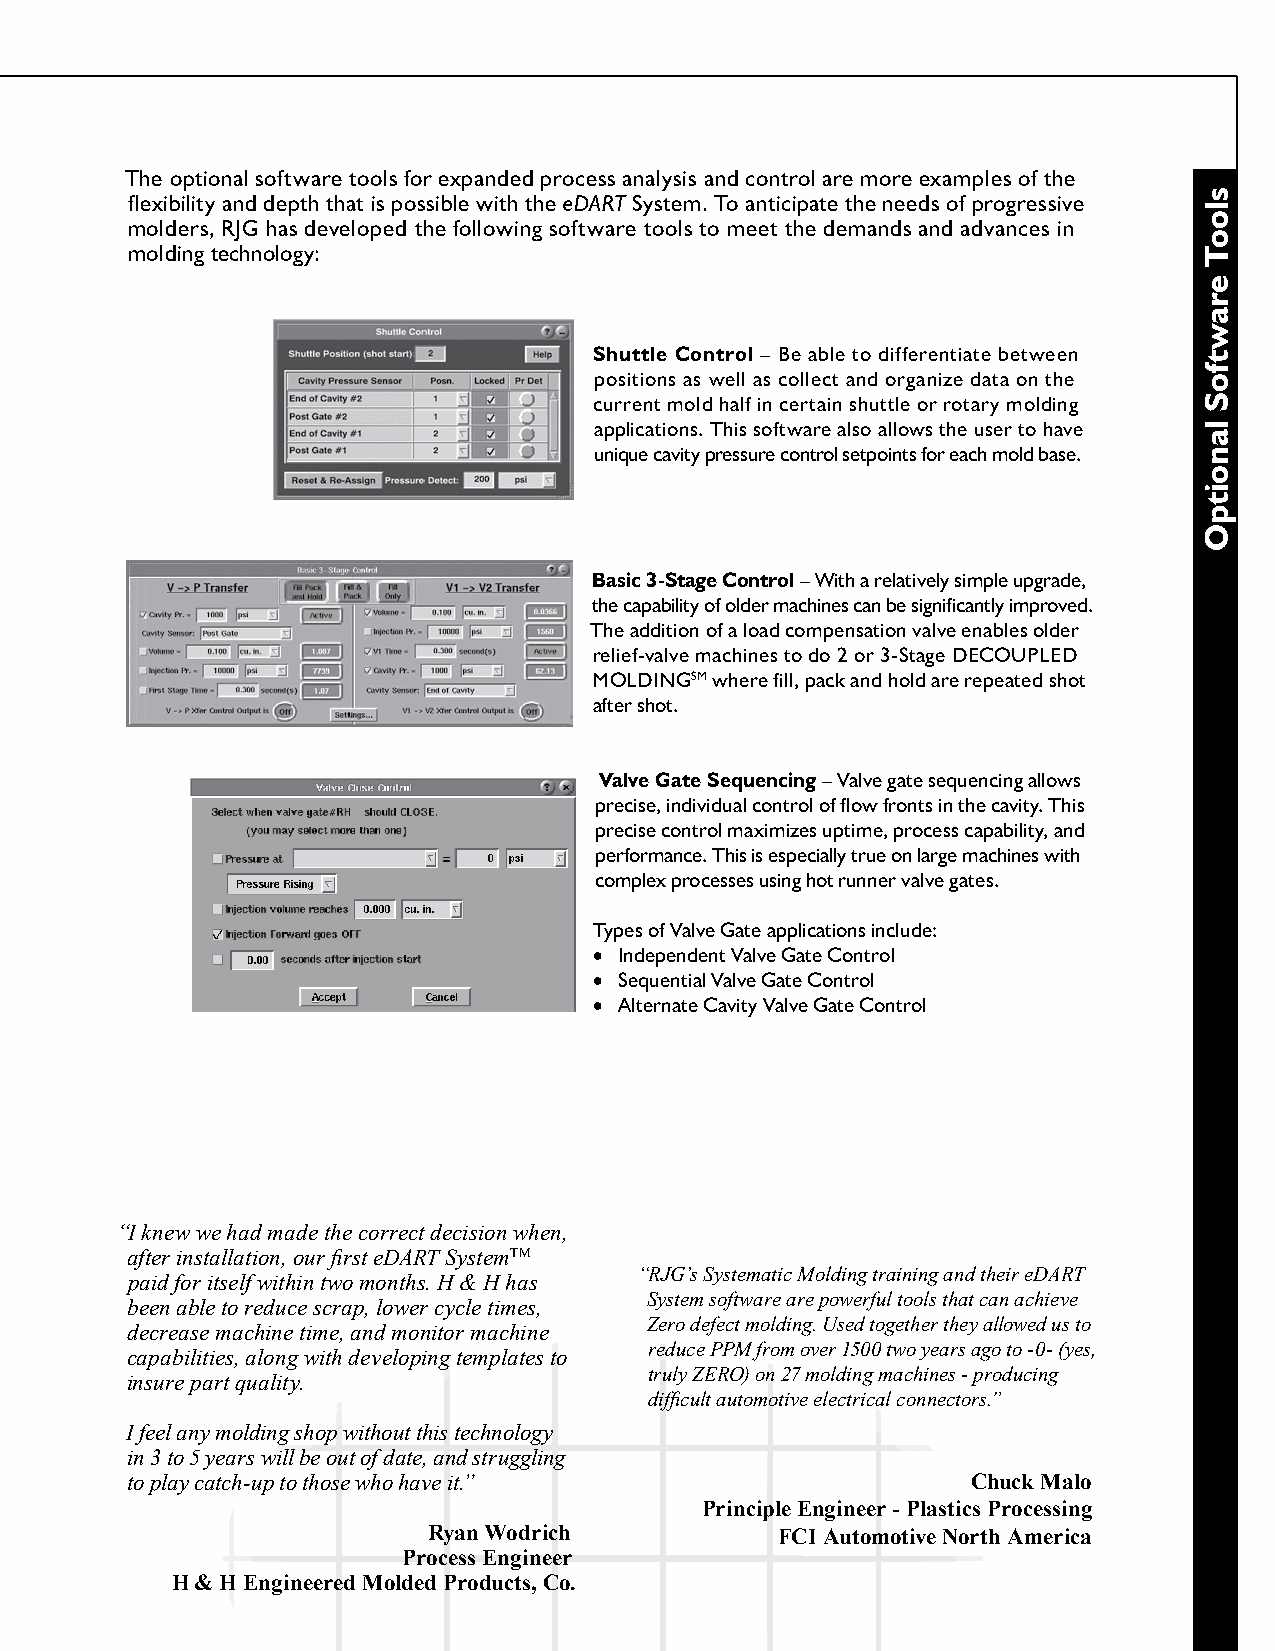
The optional software tools for expanded process analysis and control are more examples of the
 flexibility and depth that is possible with the eDART System. To anticipate the needs of progressive
 molders, RJG has developed the following software tools to meet the demands and advances in
 molding technology:
 Shuttle Control – Be able to differentiate between
 positions as well as collect and organize data on the
 current mold half in certain shuttle or rotary molding
 applications. This software also allows the user to have
 unique cavity pressure control setpoints for each mold base.
 Basic 3-Stage Control – With a relatively simple upgrade,
 the capability of older machines can be significantly improved.
 The addition of a load compensation valve enables older
 relief-valve machines to do 2 or 3-Stage DECOUPLED
 MOLDInGSM where fill, pack and hold are repeated shot
 after shot.
 Valve Gate Sequencing – Valve gate sequencing allows
 precise, individual control of flow fronts in the cavity. This
 precise control maximizes uptime, process capability, and
 performance. This is especially true on large machines with
 complex processes using hot runner valve gates.
 Types of Valve Gate applications include:
 • Independent Valve Gate Control
 • Sequential Valve Gate Control
 • Alternate Cavity Valve Gate Control
 “I knew we had made the correct decision when,
 after installation, our first eDART SystemTM
 “RJG’s Systematic Molding training and their eDART
 paid for itself within two months. H & H has
 System software are powerful tools that can achieve
 been able to reduce scrap, lower cycle times,
 Zero defect molding. Used together they allowed us to
 decrease machine time, and monitor machine
 reduce PPM from over 1500 two years ago to -0- (yes,
 capabilities, along with developing templates to
 truly ZERO) on 27 molding machines - producing
 insure part quality.
 difficult automotive electrical connectors.”
 I feel any molding shop without this technology
 in 3 to 5 years will be out of date, and struggling
 to play catch-up to those who have it.”                 Chuck Malo
 Principle Engineer - Plastics Processing
 Ryan Wodrich            FCI Automotive North America
 Process Engineer
 H & H Engineered Molded Products, Co.
 slooT
 erawtfoS
 lanoitpO